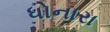
ધોનારા